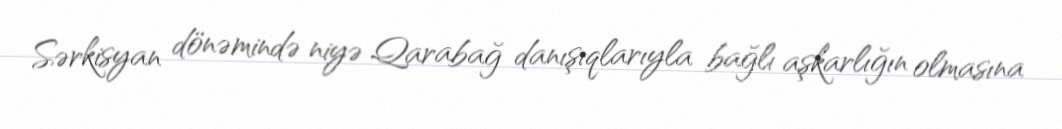
Sərkisyan dönəmində niyə Qarabağ danışıqlarıyla bağlı aşkarlığın olmasına